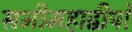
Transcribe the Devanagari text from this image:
सभीमहाद्वीपों